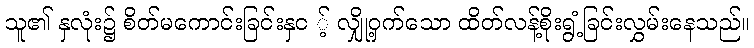
သူ၏ နှလုံး၌ စိတ်မကောင်းခြင်းနှင ့် လျှို့ဝှက်သော ထိတ်လန့်စိုးရွံ့ခြင်းလွှမ်းနေသည်။